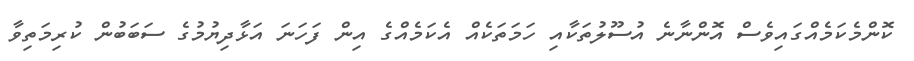
ކޮންމެކަމެއްގައިވެސް އޮންނާނެ އުސޫލުތަކާއި ހަމަތަކެއް އެކަމެއްގެ އިން ފަހަނަ އަޅާދިޔުމުގެ ސަބަބުން ކުރިމަތިވާ